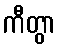
ကီတွာ